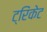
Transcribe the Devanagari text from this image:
ट्रिंकेट